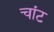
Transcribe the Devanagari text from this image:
चांट